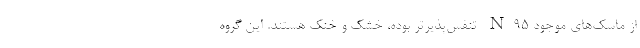
از ماسک‌های موجود N۹۵ تنفس‌پذیرتر بوده، خشک و خنک هستند. این گروه